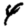
Digit: 4